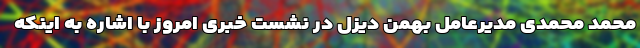
محمد محمدی مدیرعامل بهمن دیزل در نشست خبری امروز با اشاره به اینکه